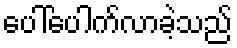
ပေါ်ပေါက်လာခဲ့သည်